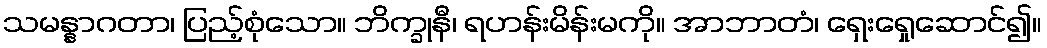
သမန္နာဂတာ၊ ပြည့်စုံသော။ ဘိက္ခုနီ၊ ရဟန်းမိန်းမကို။ အာဘာတံ၊ ရှေးရှေုဆောင်၍။